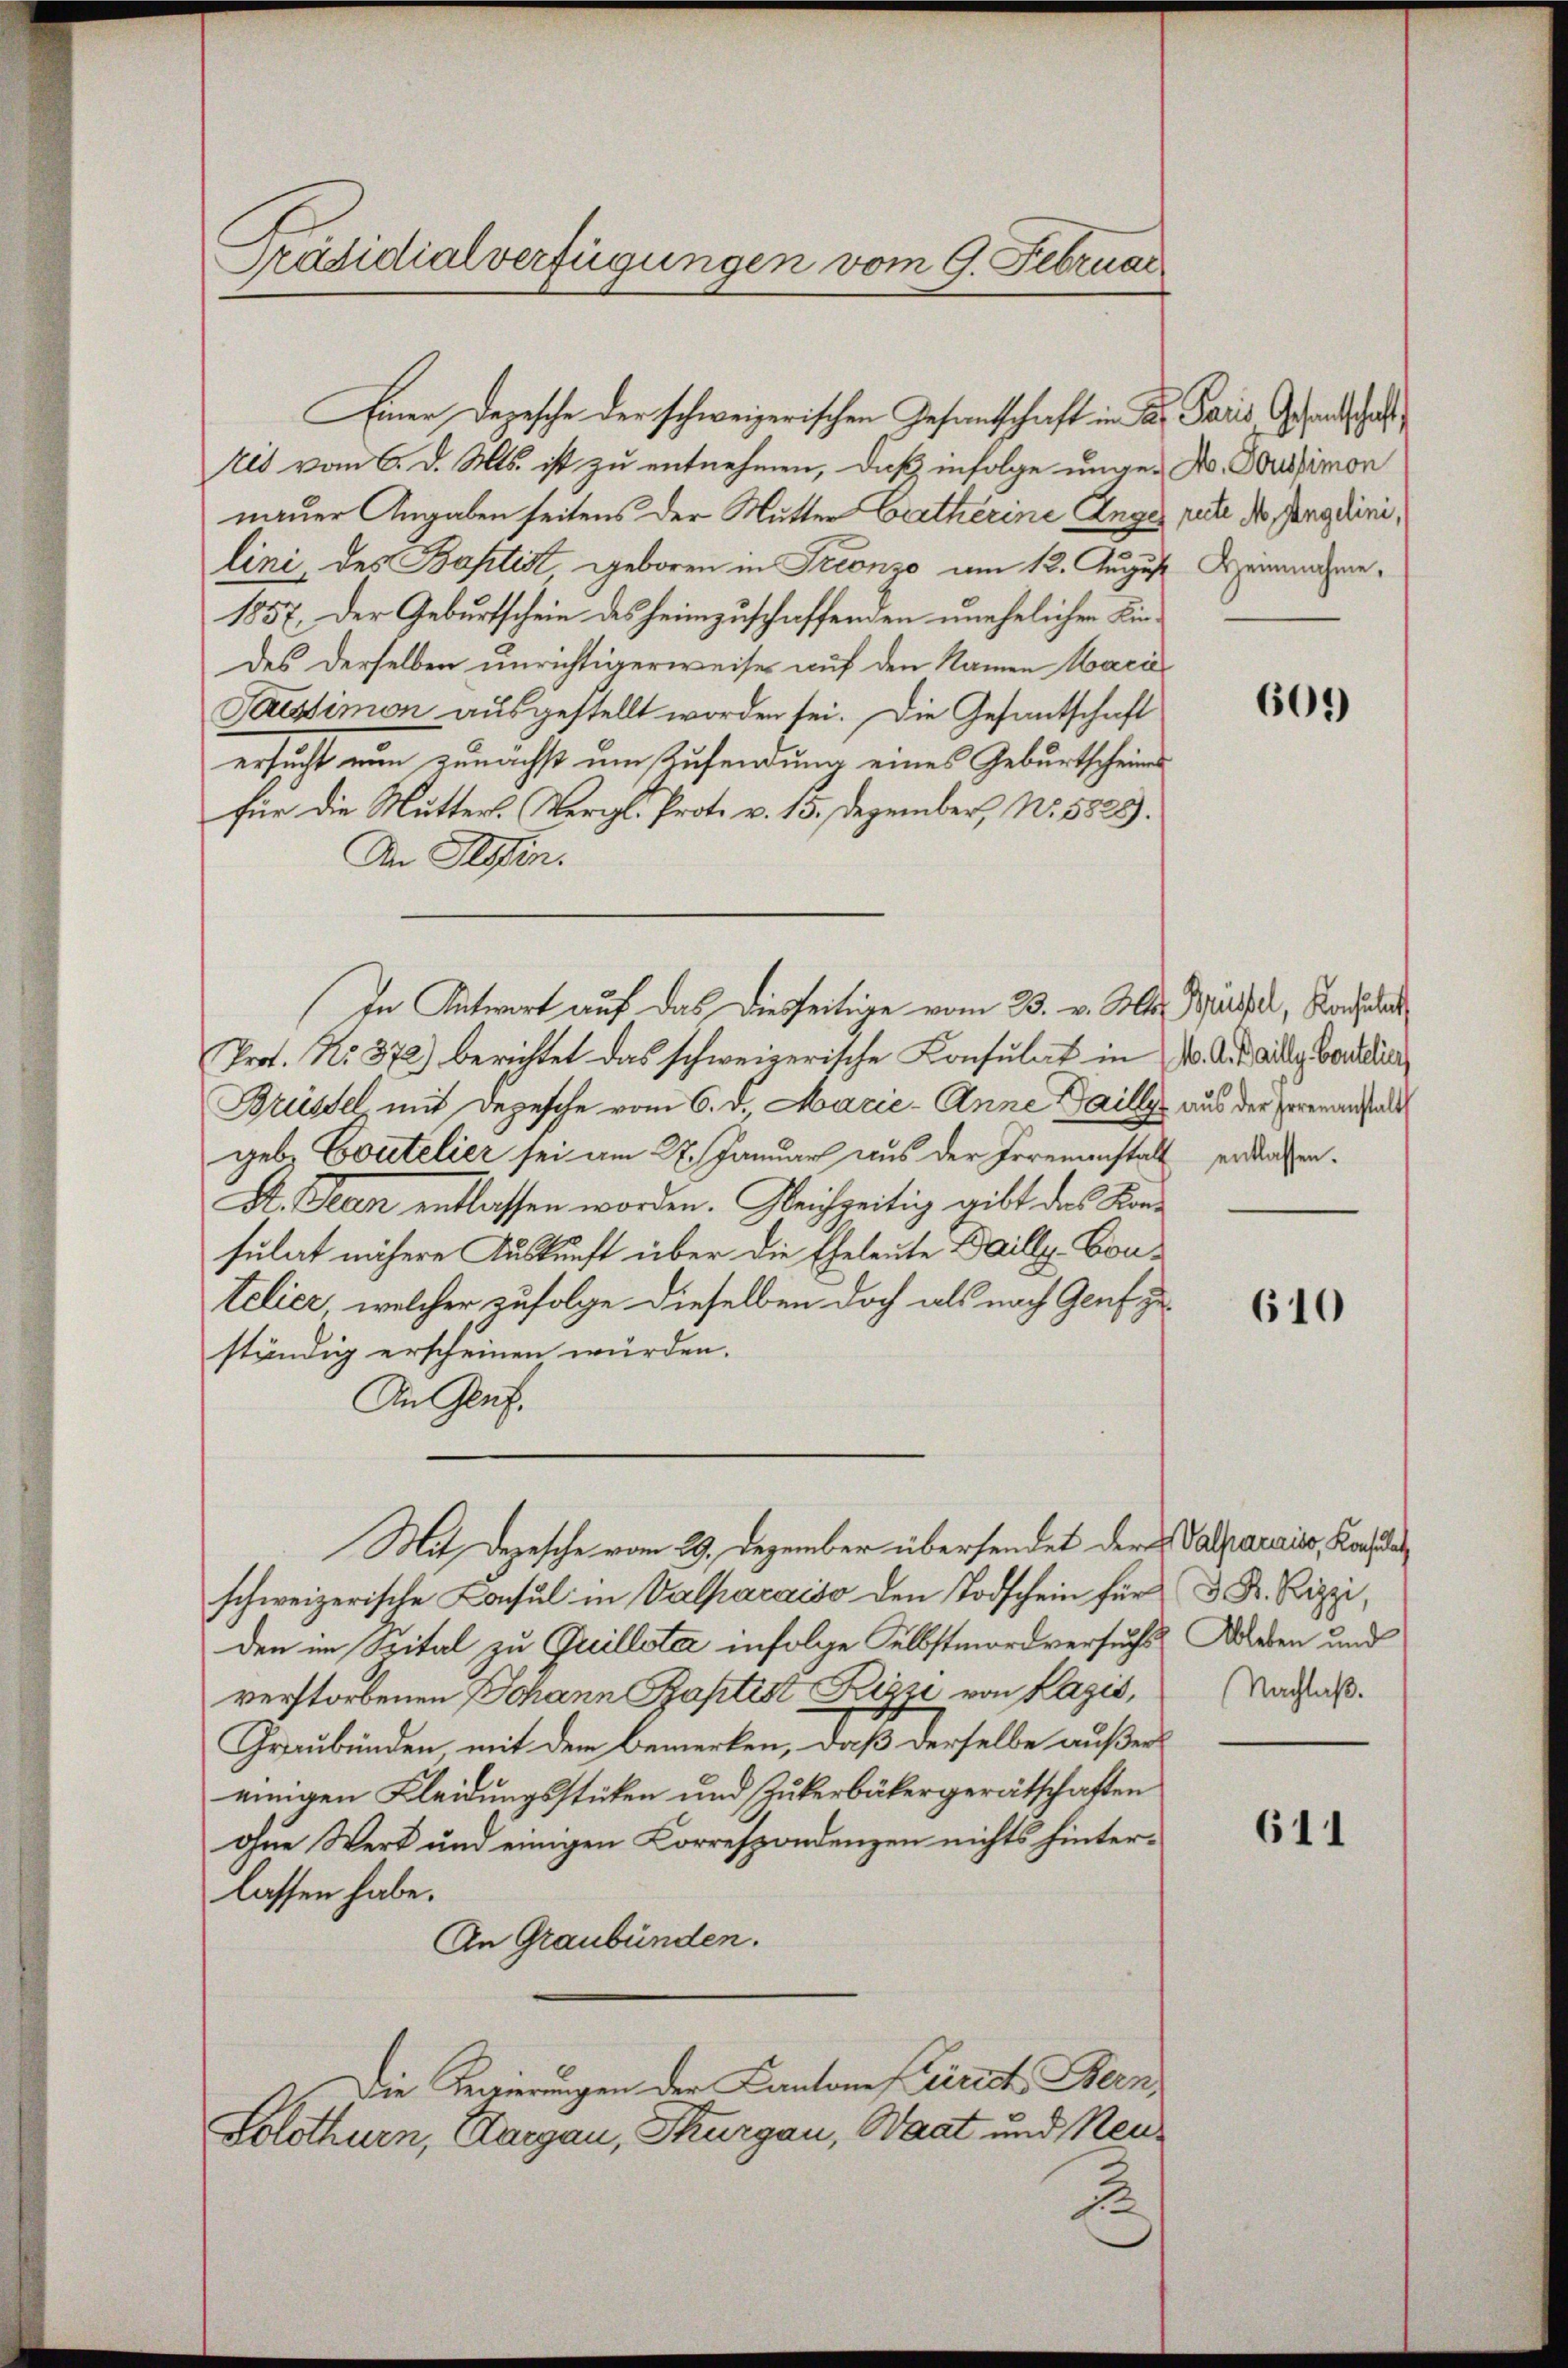
Präsidialverfügungen vom 9. Februar

nauer Angaben seitens der Mutter Ertherine Angel rute der Gang dini,
lini, des Baptist, geboren in Trionzo am 12. August
1857. Der Geburtschein des heimzuschaffenden unehelichen Kindes derselben unrichtigerweise auf den Namen Macie
Paessimon ausgestellt worden sei. Die Gesantschaft
ersucht nun zunächst um Aufendung eines Geburtscheines
für die Mutters. Vergl. Prot. v. 15. Dezember, No. 5828).
An Hefen.
Prof. No. 372) berichtet das schweizerische Konsulat in u. A. Adler Border
Brüssel mit Depesche vom 6. d. Marie-Anne Dailly aus der Errenanstalt
geb. Coutelier sei am 27. Januar aus der Irremenstalt erdachten.
A. Jean entlassen worden. Gleichzeitig gibt das Konsulat nähere Auskunft über die Eheleute Daillg. Bontelier, welcher zufolge dieselben doch als nach Genf zu
ständig erscheinen wurden.
An Genf.
Mit Depesche vom 29. Dezember übersendet der Valparais, Konsula
schweizerisch
den im Spital zu Grillsta infolge Selbstmordversuchs Wieden und
verstorbenen Johann Baptist, Kizzi von Pazis,
Graubünden mit dem Bemerken, daß derselbe außereinigen Kleidungsstücken und Zukerbäkergerätschaften
ohne Wert und einigen Korrespondenzen nichts hinterlassen habe.
An Graubünden.
Die Regierungen der Cantone Freirect. Bern
Solothurn, Aargau, Thurgau, Waat und Neu¬
2

Einer Depesche der schweizerischen Gesandschaft in das Paris Gesandtschaf
kes vom 6. d. Mts. ist zu entnehmen, daß infolge unge-

In Antwort auf das diesseitige vom 23. v. Mts. Basel, Rochla

M. Toussimon
Heinnahme.

609)

610

Nachlaß.

611